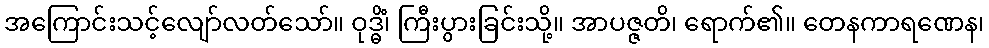
အကြောင်းသင့်လျော်လတ်သော်။ ဝုဒ္ဓိံ၊ ကြီးပွားခြင်းသို့။ အာပဇ္ဇတိ၊ ရောက်၏။ တေနကာရဏေန၊